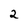
Character: 2